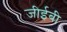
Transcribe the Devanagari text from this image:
जीईबी